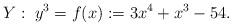
LaTeX: \begin{align*} Y:\; y^3 = f(x) := 3x^4+x^3-54. \end{align*}